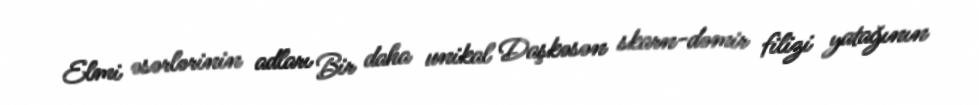
Elmi əsərlərinin adları Bir daha unikal Daşkəsən skarn-dəmir filizi yatağının